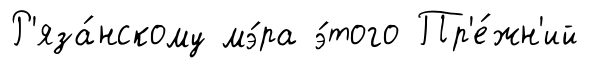
Р'яза́нскому мэ́ра э́того Пр'е́жн'ий